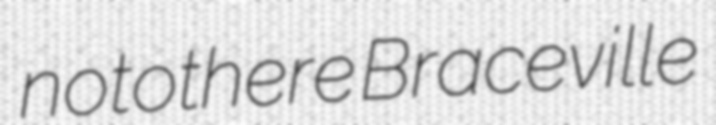
notothere Braceville